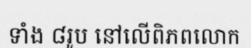
ទាំង ៨រូប នៅលើពិភពលោក